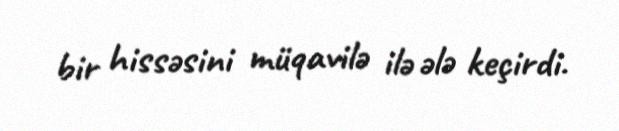
bir hissəsini müqavilə ilə ələ keçirdi.